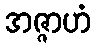
အဇ္ဇာဟံ